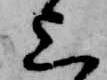
上